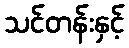
သင်တန်းနှင့်